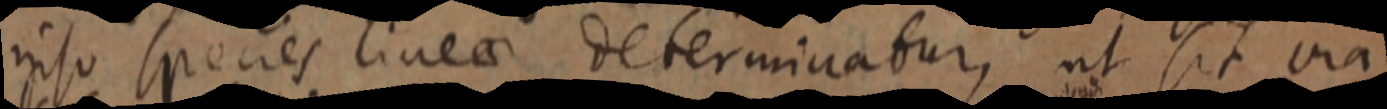
ipso species linea determinatur, ut sit via